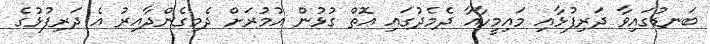
ބަނޑުގައިވާ ދަރިފުޅާއި މައިމީހާއާ ދެމެދުގައި އޮތް ގުޅުން އުމުރަށް ދެމިގެންދާއިރު އެ ދަރިފުޅުގެ